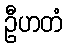
ဦဟတံ